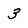
Character: 3